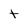
Character: t